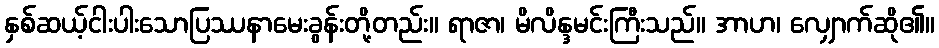
နှစ်ဆယ့်ငါးပါးသောပြဿနာမေးခွန်းတို့တည်း။ ရာဇာ၊ မိလိန္ဒမင်းကြီးသည်။ အာဟ၊ လျှောက်ဆို၏။